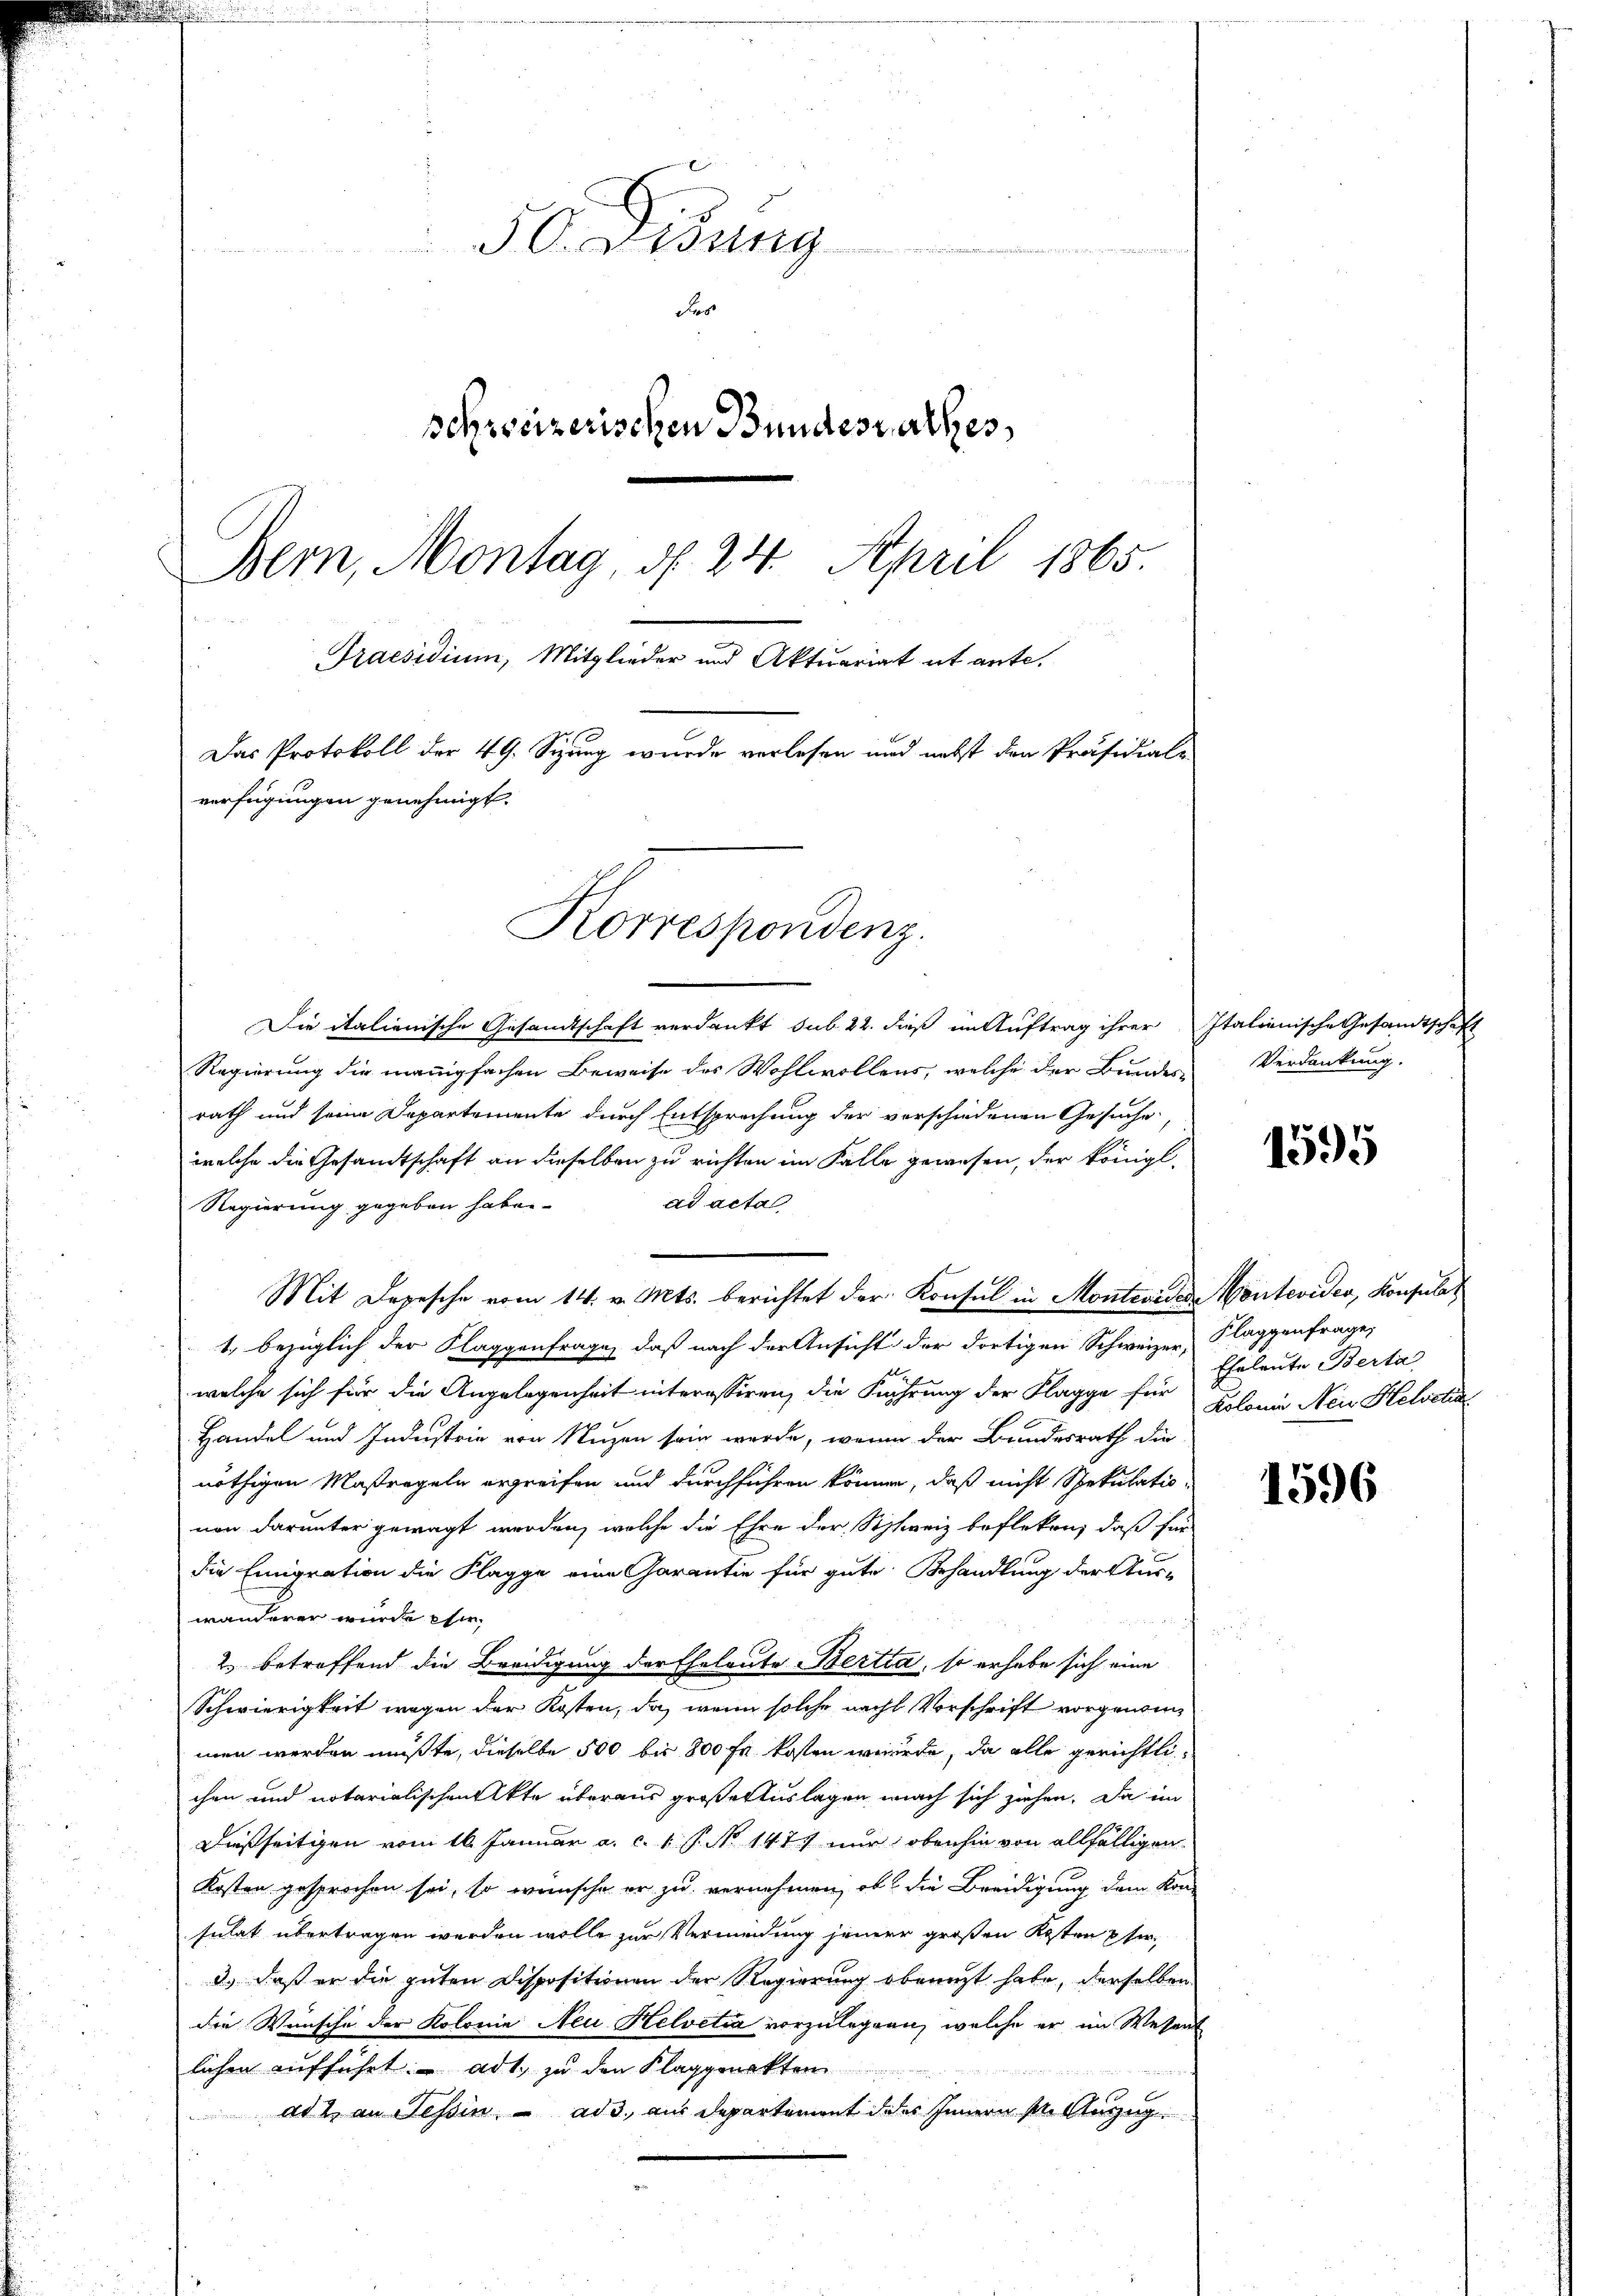
aidung
des
schweizerischen Bundesrathes,
Bern, Montag d. 24. April 1865
Praesidium, Mitglieder und Aktuariat et ante.
Das Protokoll der 49. Siung wurde verlesen und nebst den Präsidials
verfügungen genehmigt.
Komspondenz.

Die italienische Gesandtschaft verdankt sub 22. dieß in Auftrag ihrer Italienische Gesandtschaft
Regierung die manigfachen Beweise des Wohlwollens, welche der Bundes-
rath und seine Departemente durch Entsprechung der vorschiedenen Gesuche,
welche die Gesandtschaft an dieselben zu richten im Falle gewesen, der königl.
ad acta
Regierung gegeben haben.
Mit Depesche vom 14. v. Mts. berichtet der Konsul in Monteviden Montevider, Konsulat
1., bezüglich der Klaggenfrage, daß nach der Ansicht der dortigen Schweizer Klaggenfrage,
welche sich für die Angelegenheit interessiren, die Kahrung der Flagge für Polonie Neu Helvetia
Handel und Industrie von Nuzen sein werde, wenn der Bundesrath die
nöthigen Maßregeln ergreifen und durchführen können, daß nicht Spekulationon darunter gewagt worden, welche die Ehre der Schweiz befleken, daß für
die Emigration die Klagge eine Garantie für gute Behandlung der Aus-
wanderer wurde ihm
2. betreffend die Breidigung der Eheleute Bertia, so erhabe sich eine
Schwierigkeit wegen der Kosten, da, wenn solche nach Vorschrift vorgenommen werden müßte, dieselbe 500 bis 800 fl kosten werde, da alle gerichtlichen und notarialischen Akte überaus großer Auslagen nach sich ziehen. Da im
dießseitigen vom 16. Januar a. c. 1 P. N. 1477 nur obenhin von allfälligen
Kosten gesprochen sei, so wünsche er zu vernehmen, ob die Breidigung dem Kon-
sulat übertragen werden wolle zur Vermeidung jener großen Kosten per¬
3.) Daß er die guten Dispositionen der Regierung ebenuzt habe, derselben
Die Wünsche der Kolonie Neu Helvetia vorzulegen, welche er im Wesent
lichen aufführt. Art. zu den Klagen
adt an Tessin ad aus depertement dies Innern pr. Meng

Verdankung.

1595

Eheleute Berta

1596